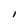
Character: I